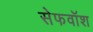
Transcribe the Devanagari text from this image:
सेफवॉश